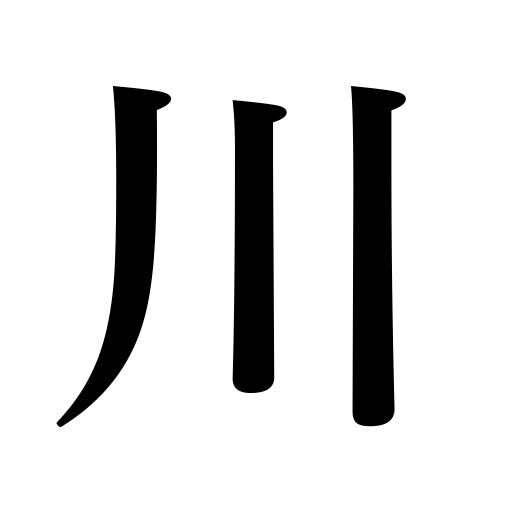
Meanings: brook,stream,river